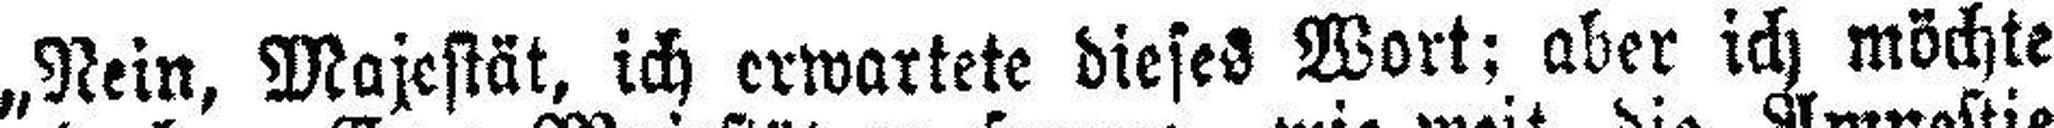
„Nein, Majestät, ich erwartete dieses Wort; aber ich möchte